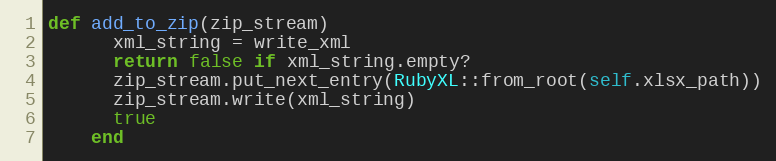
Language: Ruby
def add_to_zip(zip_stream)
      xml_string = write_xml
      return false if xml_string.empty?
      zip_stream.put_next_entry(RubyXL::from_root(self.xlsx_path))
      zip_stream.write(xml_string)
      true
    end